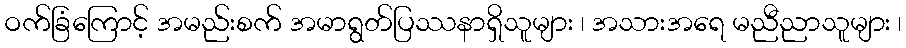
ဝက်ခြံကြောင့် အမည်းစက် အမာရွတ်ပြဿနာရှိသူများ ၊ အသားအရေ မညီညာသူများ ၊